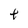
Character: t